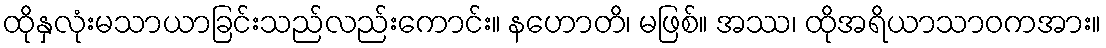
ထိုနှလုံးမသာယာခြင်းသည်လည်းကောင်း။ နဟောတိ၊ မဖြစ်။ အဿ၊ ထိုအရိယာသာဝကအား။